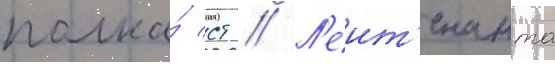
полка́ ст // Л'еит'енанта